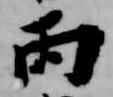
丙